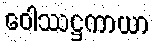
ဝေါဿဋ္ဌကာယာ